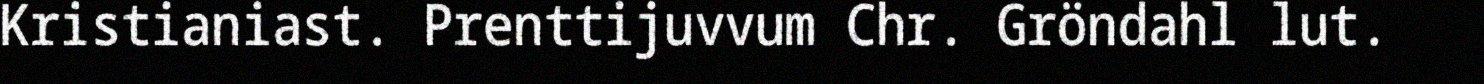
Kristianiast. Prenttijuvvum Chr. Gröndahl lut.